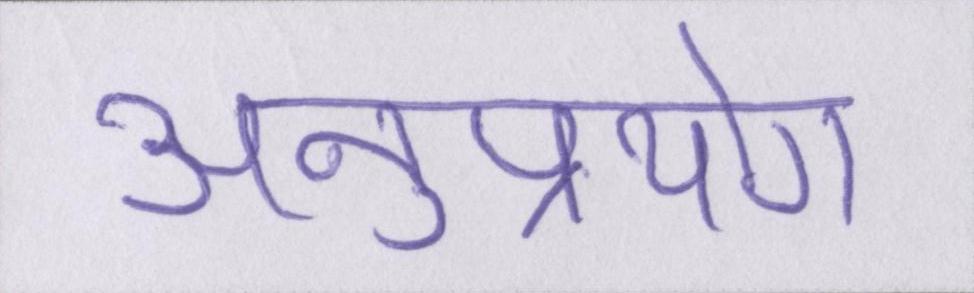
अनुप्रयोग